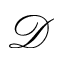
\mathcal { D }